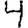
Digit: 4